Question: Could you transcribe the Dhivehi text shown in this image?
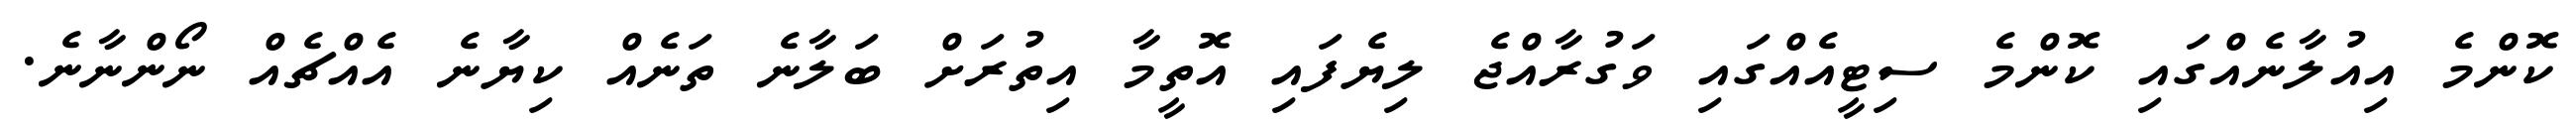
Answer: ކޮންމެ އިއުލާނެއްގައި ކޮންމެ ސިޓީއެއްގައި ވަގުރާއްޖެ ލިޔެފައި އޮތީމާ އިތުރަށް ބަލާނެ ތަނެއް ކިޔާނެ އެއްޗެއް ނޯންނާނެ.